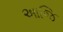
આજિ